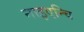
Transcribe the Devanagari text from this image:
नाइएन्चि